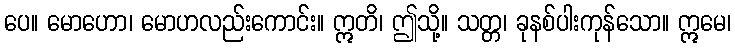
ပေ။ မောဟော၊ မောဟလည်းကောင်း။ ဣတိ၊ ဤသို့။ သတ္တ၊ ခုနစ်ပါးကုန်သော။ ဣမေ၊